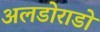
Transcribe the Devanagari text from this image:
अलडोराडो